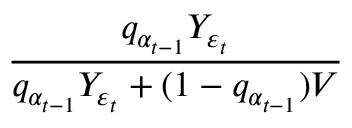
\frac { q _ { \alpha _ { t - 1 } } Y _ { \varepsilon _ { t } } } { q _ { \alpha _ { t - 1 } } Y _ { \varepsilon _ { t } } + ( 1 - q _ { \alpha _ { t - 1 } } ) V }